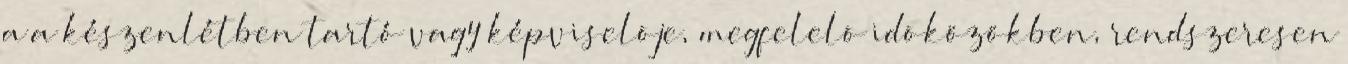
a a készenlétben tartó vagy képviselõje, megfelelõ idõközökben, rendszeresen